Scottish Education Department, 1924
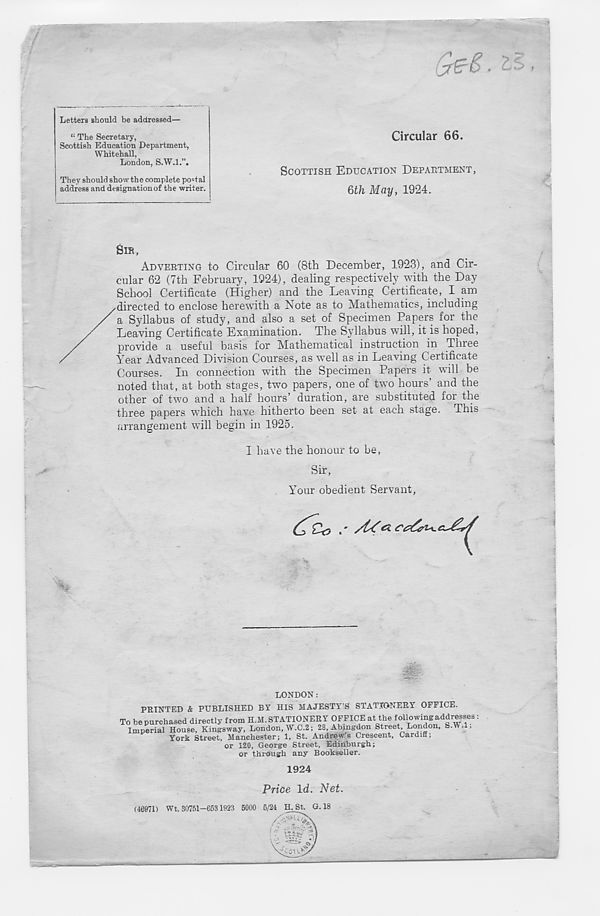
Letters should be addressed—
“ The Secretary,
Scottish Education Department,
Whitehall,
London, S.W.I.”.
They should show the complete postal
address and designationof the writer.
Circular 66.
SCOTTISH EDUCATION DEPARTMENT,
6th May, 1924.
SIR,
ADVERTING to Circular 60 (8th December, 1923), and Cir-
cular 62 (7th February , 1924), dealing respectively with the Day
School Certificate (Higher) and the Leaving Certificate, I am
/directed to enclose herewith a Note as to Mathematics, including
a Syllabus of study, and also a set of Specimen Papers for the
Leaving Certificate Examination. The Syllabus will, it is hoped,
provide a useful basis for Mathematical instruction in Three
Year Advanced Division Courses, as well as in Leaving Certificate
Courses. In connection with the Specimen Papers it will be
noted that, at both stages, two papers, one of two hours’ and the
other of two and a half hours’ duration, are substituted for the
three papers which have hitherto been set at each stage. This
arrangement will begin in 1925.
I have the honour to be,
Sir,
Your obedient Servant,
LONDON:
PRINTED & PUBLISHED BY HIS MAJESTY’S STATIONERY OFFICE.
To be purchased directly from H.M. STATIONERY OFFICE at the following addresses :
Imperial House, Kingsway, London, W.C.2; 28, Abingdon Street, London, S. . ,
York Street, Manchester; 1, St. Andrew’s Crescent, CardiH;
or 120, George Street, Edinburgh;
or through any Bookseller.
1924
Price Id. Net.
(46971) Wt. 30751-6531923 5000 5/24 H. St. G.18